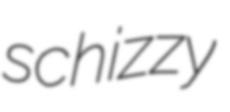
schizzy